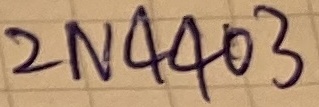
Text: 2N4403